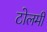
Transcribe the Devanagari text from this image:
टोलमी